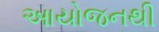
આયોજનથી